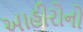
આહીરોનો